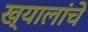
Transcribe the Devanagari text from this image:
ख्यालांचे